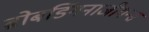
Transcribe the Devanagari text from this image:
ब्रोबडिंगनाजीयन्स